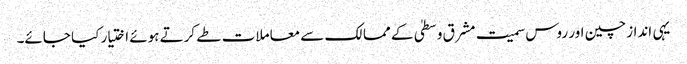
یہی انداز چین اور روس سمیت مشرق وسطیٰ کے ممالک سے معاملات طے کرتے ہوئے اختیار کیا جائے۔